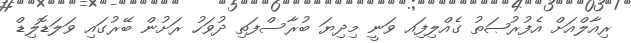
ރިއާލްއަށް އެފުރުޞަތު ގެއްލިފަިއ ވަނީ މިދިޔަ ބުރާސްފަތި ދުވަހު ރަށުން ބޭރުގައި ވަލަޑޮލިޑް